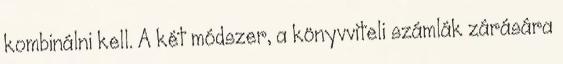
kombinálni kell. A két módszer, a könyvviteli számlák zárására